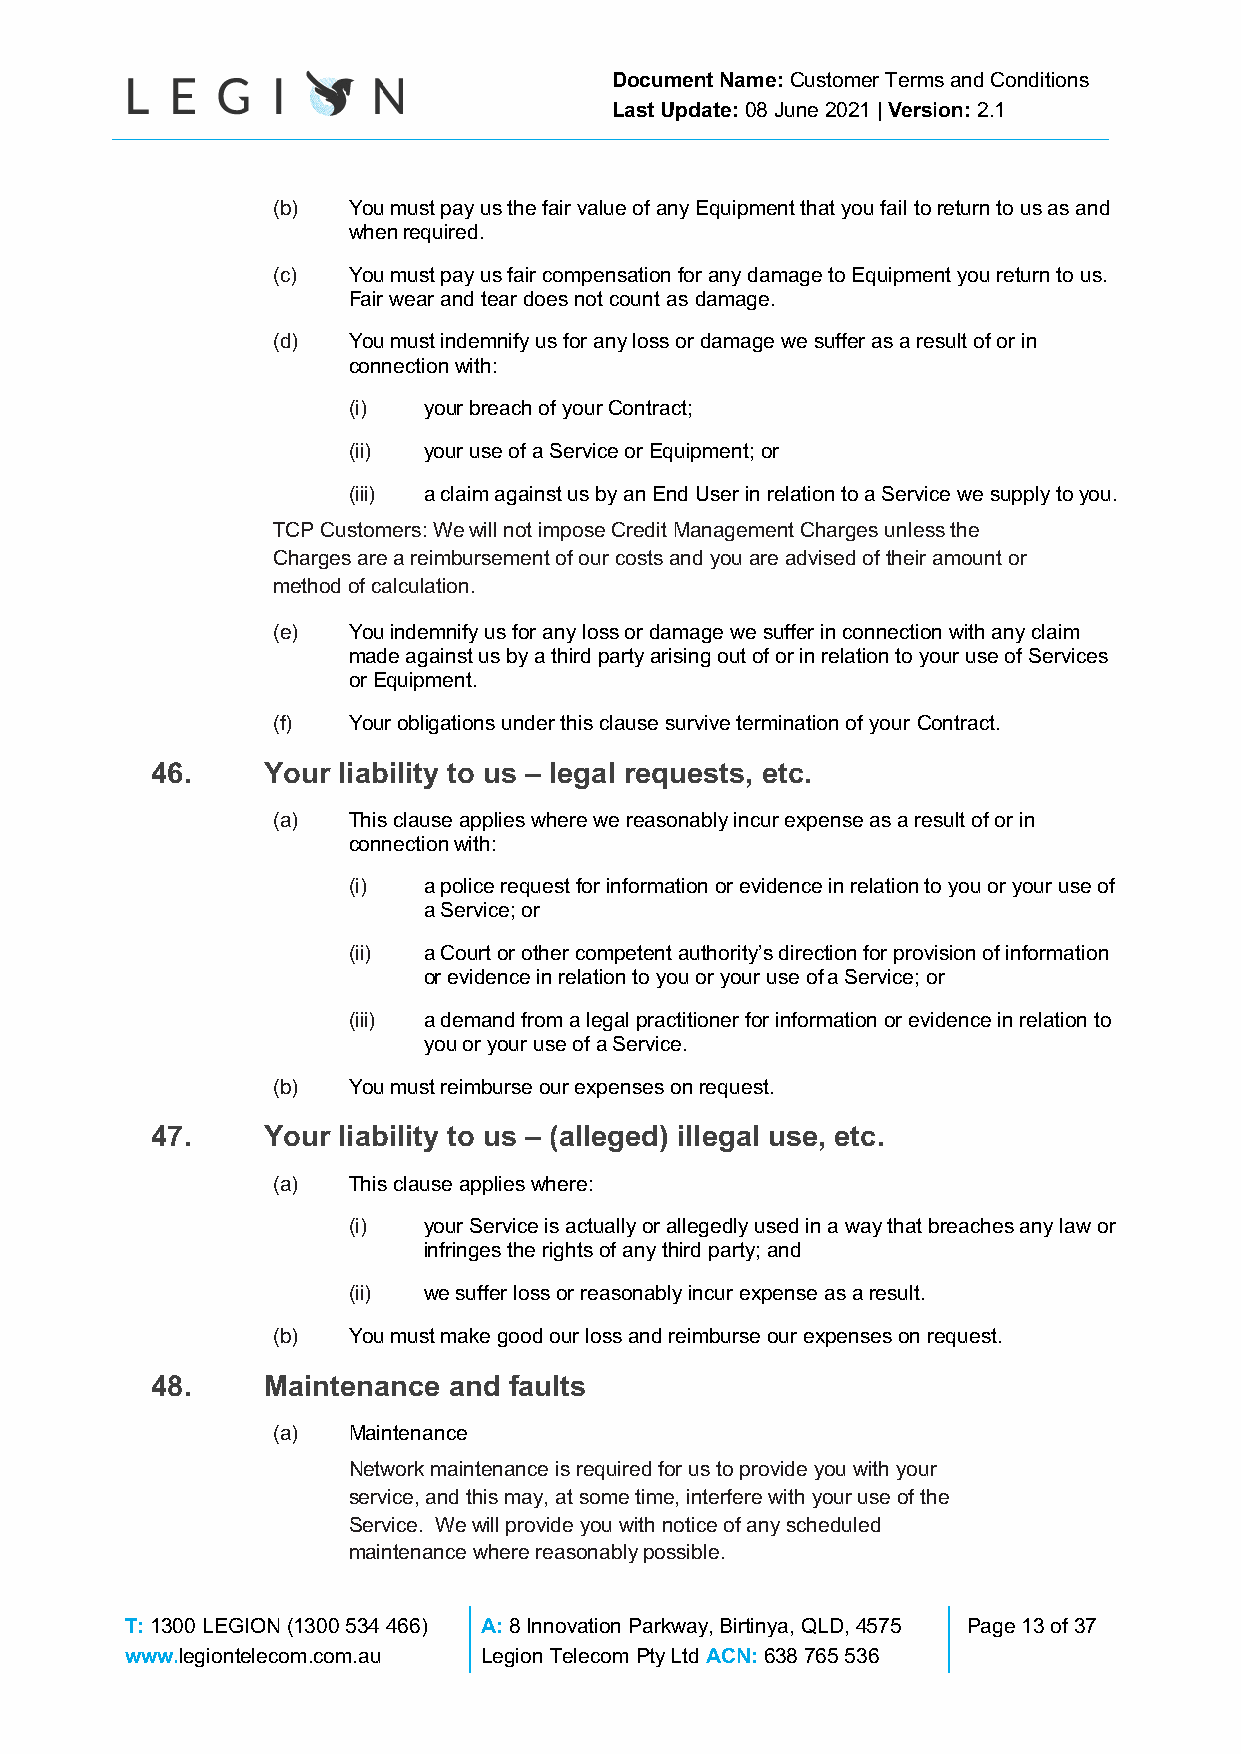
Document Name: Customer Terms and Conditions
 Last Update: 08 June 2021 | Version: 2.1
 (b)  You must pay us the fair value of any Equipment that you fail to return to us as and
 when required.
 (c)  You must pay us fair compensation for any damage to Equipment you return to us.
 Fair wear and tear does not count as damage.
 (d)  You must indemnify us for any loss or damage we suffer as a result of or in
 connection with:
 (i)  your breach of your Contract;
 (ii) your use of a Service or Equipment; or
 (iii) a claim against us by an End User in relation to a Service we supply to you.
 TCP Customers: We will not impose Credit Management Charges unless the
 Charges are a reimbursement of our costs and you are advised of their amount or
 method of calculation.
 (e)  You indemnify us for any loss or damage we suffer in connection with any claim
 made against us by a third party arising out of or in relation to your use of Services
 or Equipment.
 (f)  Your obligations under this clause survive termination of your Contract.
 46.    Your liability to us – legal requests, etc.
 (a)  This clause applies where we reasonably incur expense as a result of or in
 connection with:
 (i)  a police request for information or evidence in relation to you or your use of
 a Service; or
 (ii) a Court or other competent authority’s direction for provision of information
 or evidence in relation to you or your use of a Service; or
 (iii) a demand from a legal practitioner for information or evidence in relation to
 you or your use of a Service.
 (b)  You must reimburse our expenses on request.
 47.    Your liability to us – (alleged) illegal use, etc.
 (a)  This clause applies where:
 (i)  your Service is actually or allegedly used in a way that breaches any law or
 infringes the rights of any third party; and
 (ii) we suffer loss or reasonably incur expense as a result.
 (b)  You must make good our loss and reimburse our expenses on request.
 48.    Maintenance  and faults
 (a)  Maintenance
 Network maintenance is required for us to provide you with your
 service, and this may, at some time, interfere with your use of the
 Service. We will provide you with notice of any scheduled
 maintenance where reasonably possible.
 T: 1300 LEGION (1300 534 466) A: 8 Innovation Parkway, Birtinya, QLD, 4575 Page 13 of 37
 www.legiontelecom.com.au Legion Telecom Pty Ltd ACN: 638 765 536